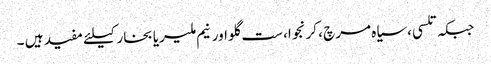
جبکہ تلسی ،سیاہ مرچ ، کرنجوا، ست گلو اورنیم ملیریا بخار کیلئے مفید ہیں ۔